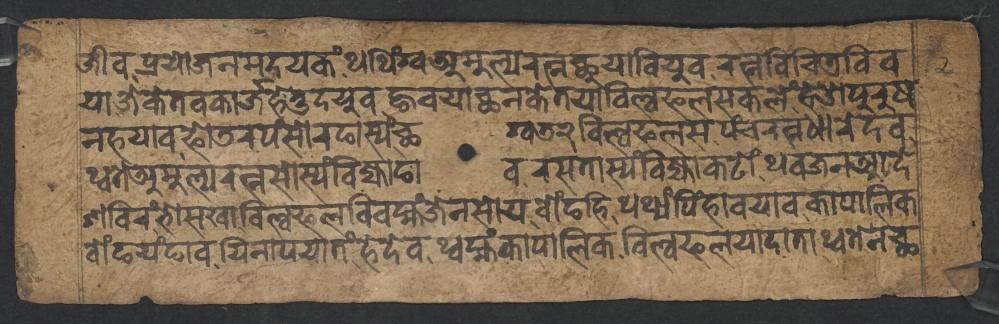
𑐖𑐷𑐰,𑐥𑑂𑐬𑐫𑑀𑐖𑐣𑐩𑐡𑐫𑐎𑑄,𑐠𑐠𑐶𑑄𑐐𑑂𑐰𑐀𑐩𑐹𑐮𑑂𑐫𑐬𑐟𑑂𑐣𑐕𑐸𑐫𑐵𑐧𑐶𑐫𑐸𑐰,𑐬𑐟𑑂𑐣𑐰𑐶𑐔𑐶𑐟𑑂𑐬𑐧𑐶𑐰 𑐫𑐵𑐖𑐾𑐎𑐾𑐟𑐰𑐎𑐵𑐬𑑂𑐖𑐴𑐾𑐟𑐸𑐡𑐫𑐸𑐰,𑐒𑑂𑐴𑐰𑐫𑐵𑐕𑐣𑐎𑐾𑐟𑐫𑐵𑐧𑐶𑐮𑑂𑐰𑐦𑐮𑐳𑐎𑐮𑐾𑑄𑐴𑐾𑐌,𑐥𑐸𑐬𑐸𑐲 𑐣𑐴𑐫𑐵𑐰𑐦𑑀𑐚𑐬𑐥𑑄,𑐳𑑀𑐬𑐒𑐵𑐳𑑂𑐫𑑄𑐕𑐐𑑂𑐰𑐜𑑒𑐧𑐶𑐮𑑂𑐰𑐦𑐮𑐳𑐥𑑄𑐔𑐬𑐟𑑂𑐣𑐢𑐵𑐬𑐾𑐡𑐰, 𑐠𑑂𑐰𑐟𑐾𑐀𑐩𑐹𑐮𑑂𑐫𑐬𑐟𑑂𑐣𑐳𑑀𑐳𑑂𑐫𑑄𑐧𑐶𑐖𑑂𑐫𑐵𑐒𑐵𑐰𑐬𑐳𑐟𑐵𑐳𑑂𑐫𑑄𑐧𑐶𑐖𑑂𑐫𑐵𑐎𑐚𑑀𑑄,𑐠𑐰𑐖𑐣𑐁𑐡𑐾 𑐱𑐧𑐶𑐬𑑄,𑐨𑑀𑐳𑐏𑐵𑐧𑐶𑐮𑑂𑐰𑐦𑐮𑐧𑐶𑐰𑐩𑑂𑐴𑑄𑐖𑐾𑐣𑐳𑑀𑐫𑐰𑑀𑑄𑐒𑐴𑐶,𑐠𑐠𑑂𑐫𑑄𑐥𑐶𑑄𑐴𑐵𑐰𑐫𑐵𑐰𑐎𑐵𑐥𑐵𑐮𑐶𑐎 𑐰𑑀𑑄𑐒𑐫𑑄𑐒𑐵𑐰𑐫𑐶𑐣𑐵𑐥𑐫𑐵𑐟𑑄,𑐴𑐾𑐡𑐾𑐰𑐠𑑂𑐰𑐩𑑂𑐴𑑄𑐎𑐵𑐥𑐵𑐮𑐶𑐎𑐧𑐶𑐮𑑂𑐰𑐦𑐮𑐫𑐵𑐡𑐵𑐟𑐵,𑐠𑑂𑐰𑐟𑐾𑐣𑐕